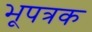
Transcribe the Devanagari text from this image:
भूपत्रक